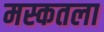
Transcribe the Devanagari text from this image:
मस्कतला